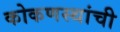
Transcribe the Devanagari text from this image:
कोकणस्थांची